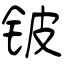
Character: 铍